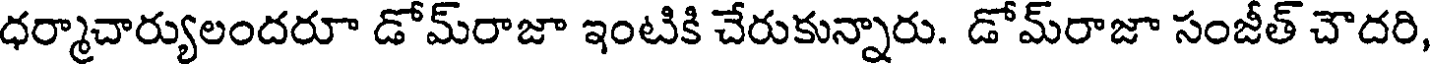
ధర్మాచార్యులందరూ డోమ్రాజా ఇంటికి చేరుకున్నారు. డోమ్రాజా సంజీత్ చౌదరి,